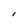
Character: I